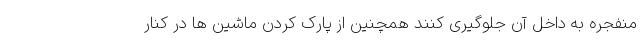
منفجره به داخل آن جلوگیری کنند همچنین از پارک کردن ماشین ها در کنار